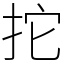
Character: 拕